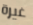
غيرة